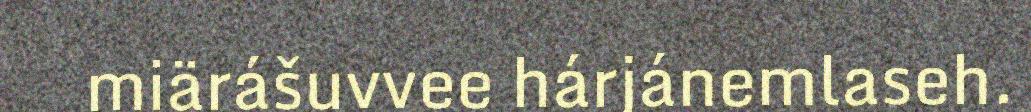
miärášuvvee hárjánemlaseh.